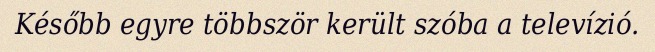
Később egyre többször került szóba a televízió.